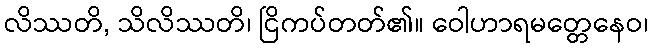
လိဿတိ, သိလိဿတိ၊ ငြိကပ်တတ်၏။ ဝေါဟာရမတ္တေနေဝ၊